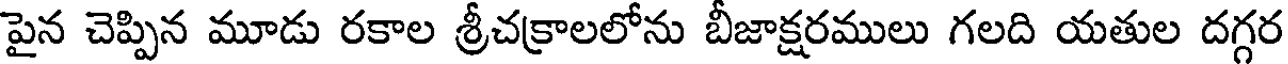
పైన చెప్పిన మూడు రకాల శ్రీచక్రాలలోను బీజాక్షరములు గలది యతుల దగ్గర